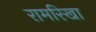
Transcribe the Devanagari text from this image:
रामरिखा